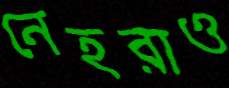
নেহরাও